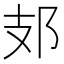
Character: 𨙸